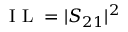
\textrm { I L } = | S _ { 2 1 } | ^ { 2 }